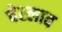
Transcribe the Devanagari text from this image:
चेस्लाव